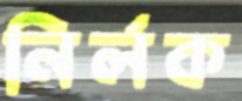
নির্লক